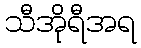
သီအိုရီအရ